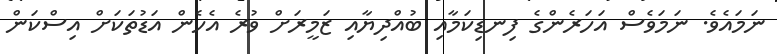
ނަމައެވެ. ނަމަވެސް އަހަރެންގެ ފިނޑިކަމާއި ބުއްދިޔާއި ޒަމީރަށް ވުރެ އެހެން އަޑުތަކަށް އިސްކަން